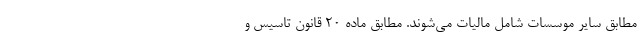
مطابق سایر موسسات شامل مالیات می‌شوند. مطابق ماده ۲۰ قانون تاسیس و